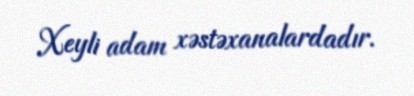
Xeyli adam xəstəxanalardadır.